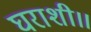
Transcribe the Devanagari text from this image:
घराशी॥